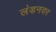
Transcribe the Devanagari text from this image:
लंडनवर